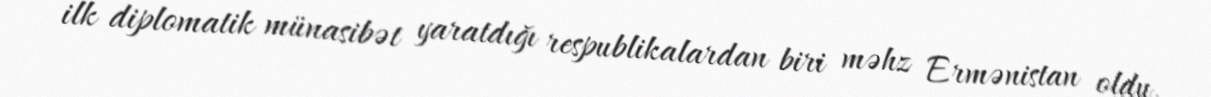
ilk diplomatik münasibət yaratdığı respublikalardan biri məhz Ermənistan oldu.